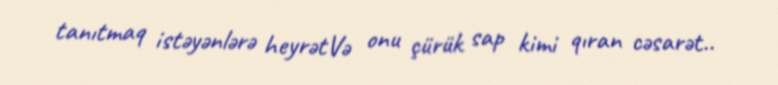
tanıtmaq istəyənlərə heyrətVə onu çürük sap kimi qıran cəsarət..